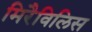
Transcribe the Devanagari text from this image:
मिरैविलिस